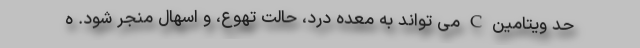
حد ویتامین C می تواند به معده درد، حالت تهوع، و اسهال منجر شود. ه